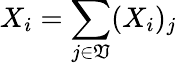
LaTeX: X_{i}=\sum_{j\in\mathfrak{V}}(X_{i})_{j}